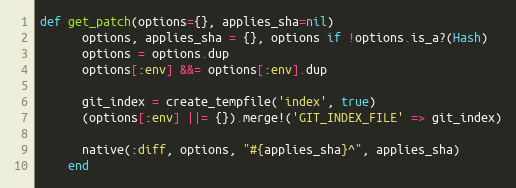
Language: Ruby
def get_patch(options={}, applies_sha=nil)
      options, applies_sha = {}, options if !options.is_a?(Hash)
      options = options.dup
      options[:env] &&= options[:env].dup

      git_index = create_tempfile('index', true)
      (options[:env] ||= {}).merge!('GIT_INDEX_FILE' => git_index)

      native(:diff, options, "#{applies_sha}^", applies_sha)
    end